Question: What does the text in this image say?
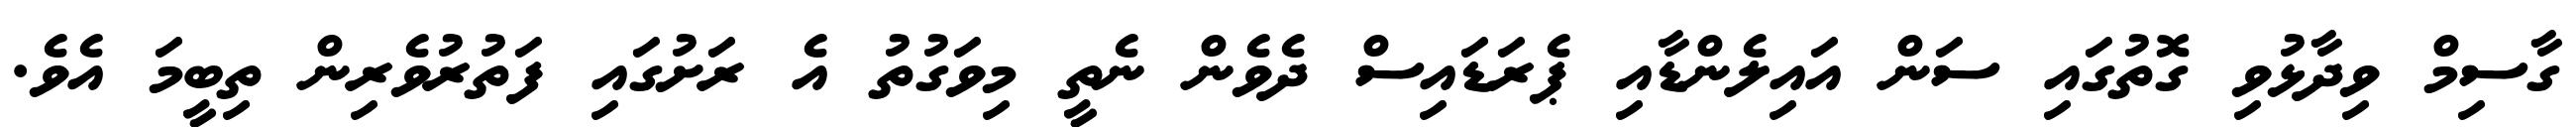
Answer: ގާސިމް ވިދާޅުވި ގޮތުގައި ސަން އައިލެންޑާއި ޕެރަޑައިސް ދެވެން ނެތީ މިވަގުތު އެ ރަށުގައި ފަތުރުވެރިން ތިބީމަ އެވެ.